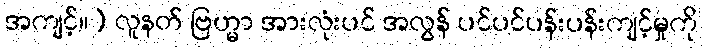
အကျင့်။) လူနတ် ဗြဟ္မာ အားလုံးပင် အလွန် ပင်ပင်ပန်းပန်းကျင့်မှုကို